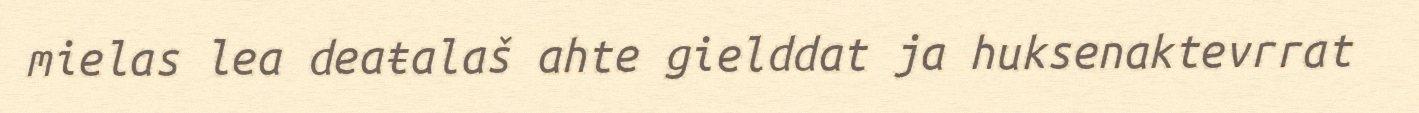
mielas lea deaŧalaš ahte gielddat ja huksenaktevrrat